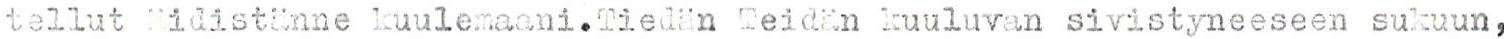
tellut äidistänne kuulemaani.Tiedän Teidän kuuluvan sivistyneeseen sukuun,